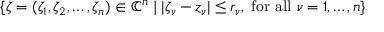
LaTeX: \{ \zeta = ( \zeta _ { 1 } , \zeta _ { 2 } , \dots , \zeta _ { n } ) \in { \mathbb { C } } ^ { n } \mid | \zeta _ { \nu } - z _ { \nu } | \leq r _ { \nu } , { \mathrm { ~ f o r ~ a l l ~ } } \nu = 1 , \dots , n \}